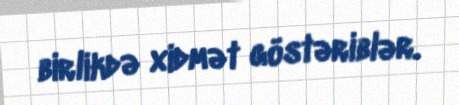
birlikdə xidmət göstəriblər.